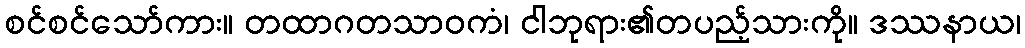
စင်စင်သော်ကား။ တထာဂတသာဝကံ၊ ငါဘုရား၏တပည့်သားကို။ ဒဿနာယ၊